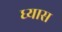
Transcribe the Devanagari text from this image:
ध्‍यास